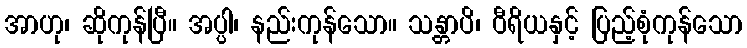
အာဟု၊ ဆိုကုန်ပြီ။ အပ္ပါ၊ နည်းကုန်သော။ သန္တာပိ၊ ဝီရိယနှင့် ပြည့်စုံကုန်သော